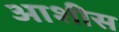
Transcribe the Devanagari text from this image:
आशीस